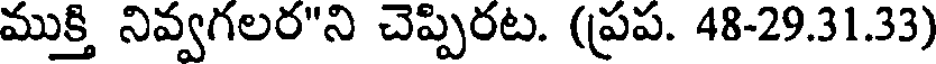
ముక్తి నివ్వగలర"ని చెప్పిరట. (ప్రప. 48-29.31.33)